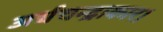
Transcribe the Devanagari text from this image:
अर्धचन्द्राकार।